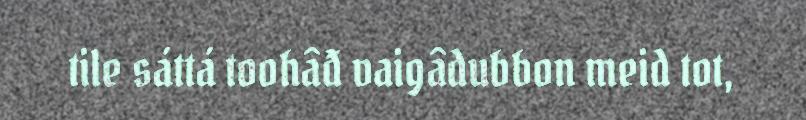
tile sáttá toohâđ vaigâdubbon meid tot,